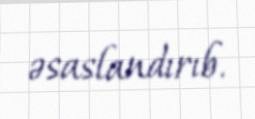
əsaslandırıb.